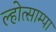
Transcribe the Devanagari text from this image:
ल्होत्साम्पा